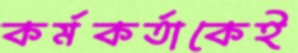
কর্মকর্তাকেই